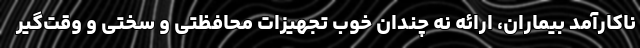
ناکارآمد بیماران، ارائه نه چندان خوب تجهیزات محافظتی و سختی و وقت‌گیر